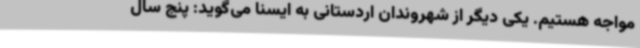
مواجه هستیم. یکی دیگر از شهروندان اردستانی به ایسنا می‌گوید: پنج سال